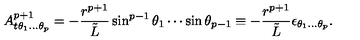
A _ { t \theta _ { 1 } . . . \theta _ { p } } ^ { p + 1 } = - { \frac { r ^ { p + 1 } } { \tilde { L } } } \sin ^ { p - 1 } \theta _ { 1 } \cdots \sin \theta _ { p - 1 } \equiv - { \frac { r ^ { p + 1 } } { \tilde { L } } } \epsilon _ { \theta _ { 1 } . . . \theta _ { p } } .